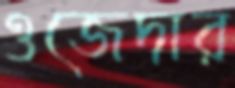
ওজেদার